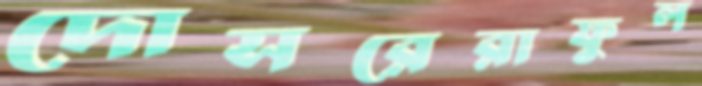
দোসরেরাফুল